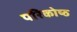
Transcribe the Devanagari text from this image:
परिकोष्‍ठ